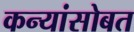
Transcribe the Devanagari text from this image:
कन्यांसोबत